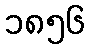
၁၈၅၆